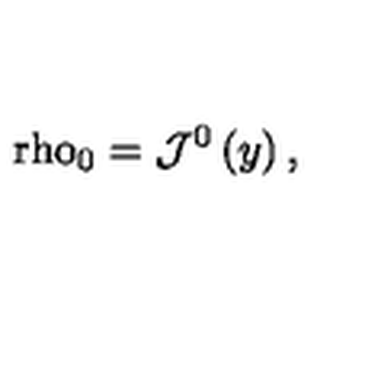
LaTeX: \mathrm { \ r h o } _ { 0 } = \mathcal { J } ^ { 0 } \left( y \right) ,